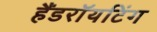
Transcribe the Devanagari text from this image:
हैंडराॅयटिंग